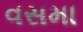
વસમા